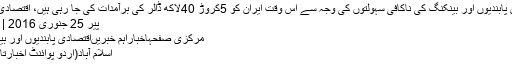
اقتصادی پابندیوں اور بینکنگ کی ناکافی سہولتوں کی وجہ سے اس وقت ایران کو 5کروڑ 40لاکھ ڈالر کی برآمدات کی جا رہی ہیں، اقتصادی ماہرین
پیر 25 جنوری 2016 | 16:50
مرکزی صفحہاخباراہم خبریںاقتصادی پابندیوں اور بینکنگ ..
اسلام آباد(اُردو پوائنٹ اخبارتازہ ترین۔